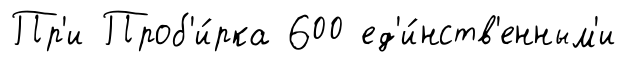
Пр'и Проб'и́рка 600 ед'и́нств'енным'и